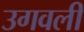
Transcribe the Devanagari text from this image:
उगवली